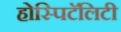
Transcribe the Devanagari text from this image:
होस्पिटॅलिटी